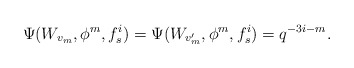
\begin{align*}\Psi(W_{v_m}, \phi^m, f_s^i)=\Psi(W_{v'_m}, \phi^m, f_s^i)=q^{-3i-m}.\end{align*}